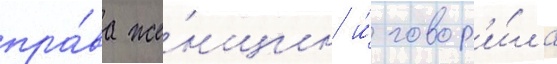
пра́ва же́нщин и́ говор'и́ла